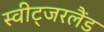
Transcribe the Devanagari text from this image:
स्वीट्‍जरलैंड